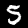
Digit: 5